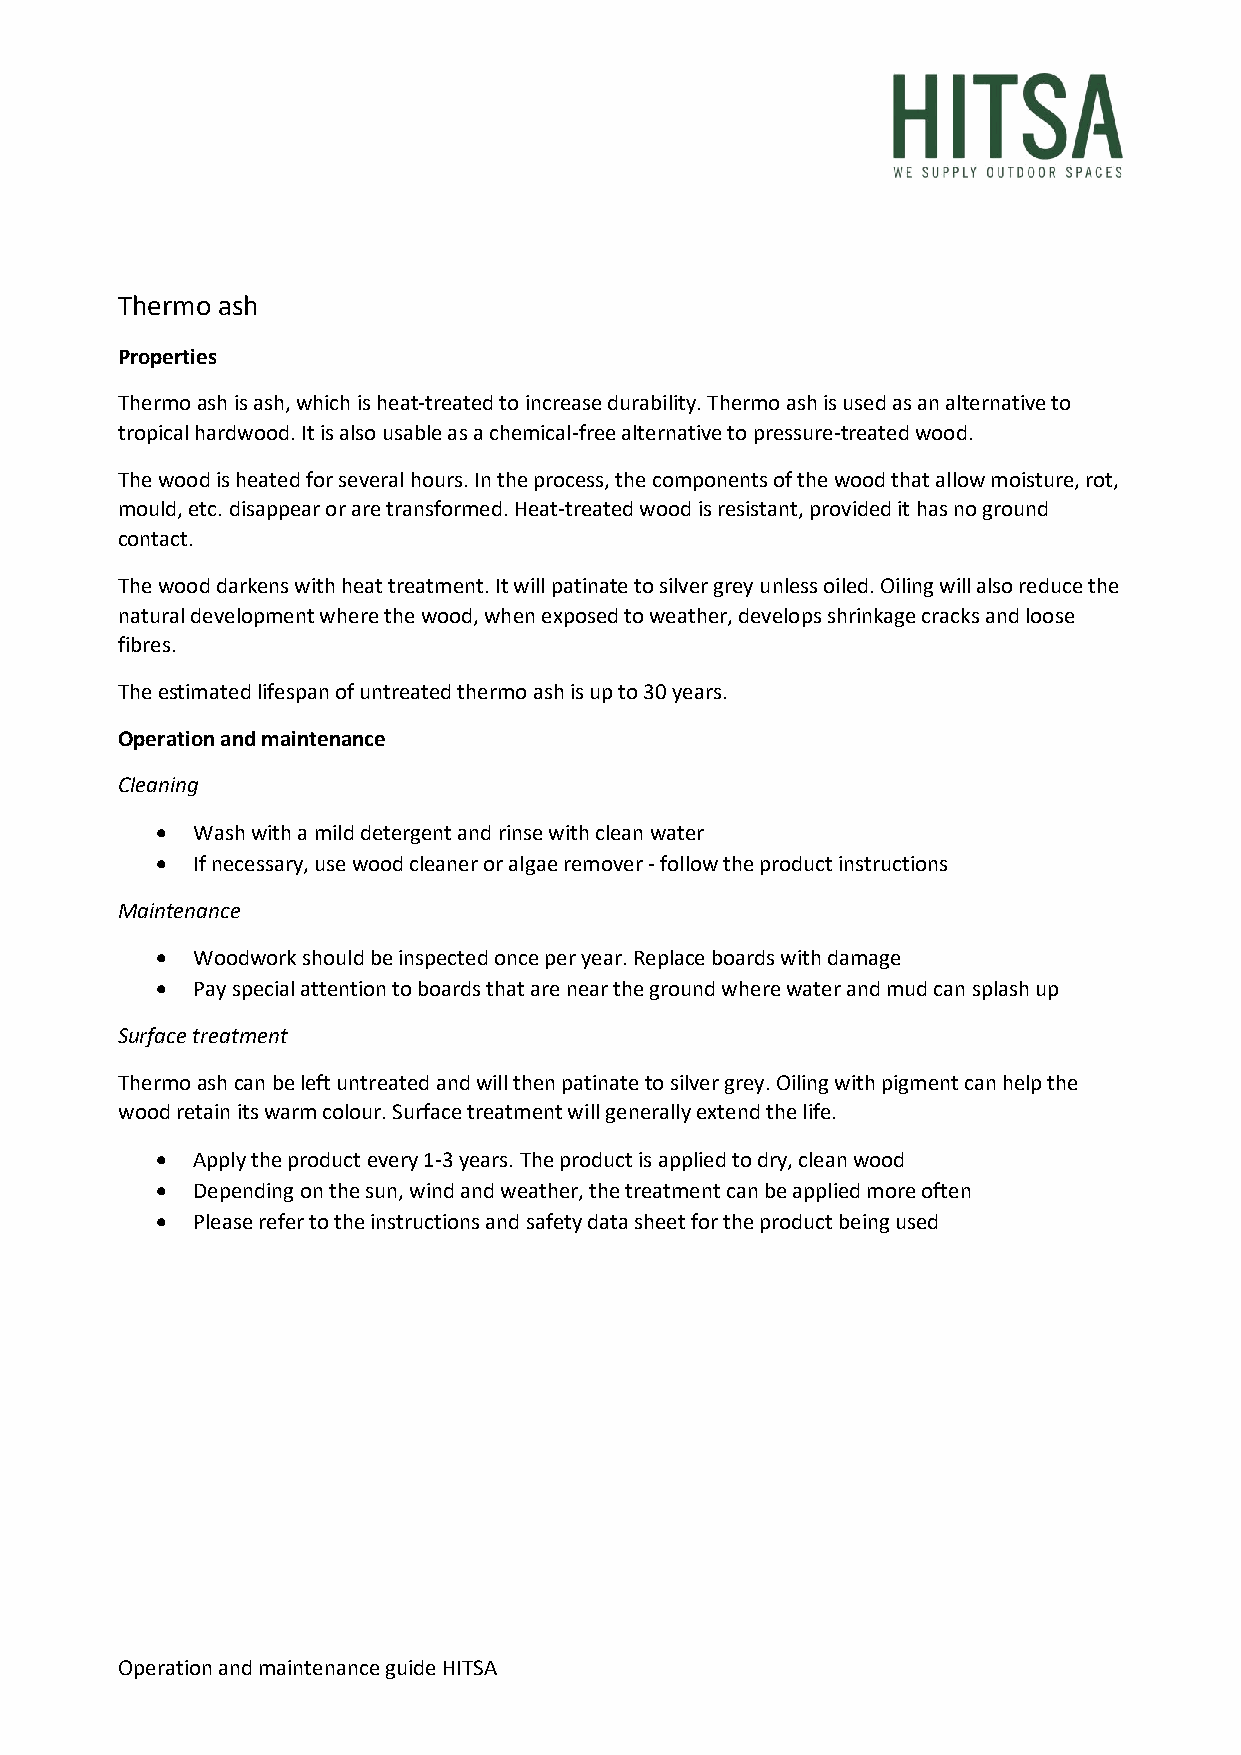
Thermo ash
 Properties
 Thermo ash is ash, which is heat-treated to increase durability. Thermo ash is used as an alternative to
 tropical hardwood. It is also usable as a chemical-free alternative to pressure-treated wood.
 The wood is heated for several hours. In the process, the components of the wood that allow moisture, rot,
 mould, etc. disappear or are transformed. Heat-treated wood is resistant, provided it has no ground
 contact.
 The wood darkens with heat treatment. It will patinate to silver grey unless oiled. Oiling will also reduce the
 natural development where the wood, when exposed to weather, develops shrinkage cracks and loose
 fibres.
 The estimated lifespan of untreated thermo ash is up to 30 years.
 Operation and maintenance
 Cleaning
 •  Wash with a mild detergent and rinse with clean water
 •  If necessary, use wood cleaner or algae remover - follow the product instructions
 Maintenance
 •  Woodwork should be inspected once per year. Replace boards with damage
 •  Pay special attention to boards that are near the ground where water and mud can splash up
 Surface treatment
 Thermo ash can be left untreated and will then patinate to silver grey. Oiling with pigment can help the
 wood retain its warm colour. Surface treatment will generally extend the life.
 •  Apply the product every 1-3 years. The product is applied to dry, clean wood
 •  Depending on the sun, wind and weather, the treatment can be applied more often
 •  Please refer to the instructions and safety data sheet for the product being used
 Operation and maintenance guide HITSA